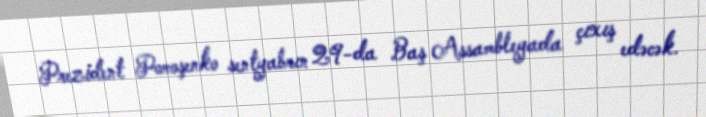
Prezident Poroşenko sentyabrın 29-da Baş Assambleyada çıxış edəcək.